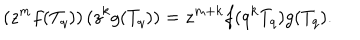
\left( z ^ { m } f ( T _ { q } ) \right) ( z ^ { k } g ( T _ { q } ) ) = z ^ { m + k } f ( q ^ { k } T _ { q } ) g ( T _ { q } ) .